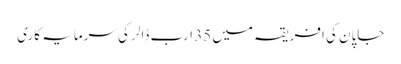
جاپان کی افریقہ میں 35 ارب ڈالر کی سرمایہ کاری